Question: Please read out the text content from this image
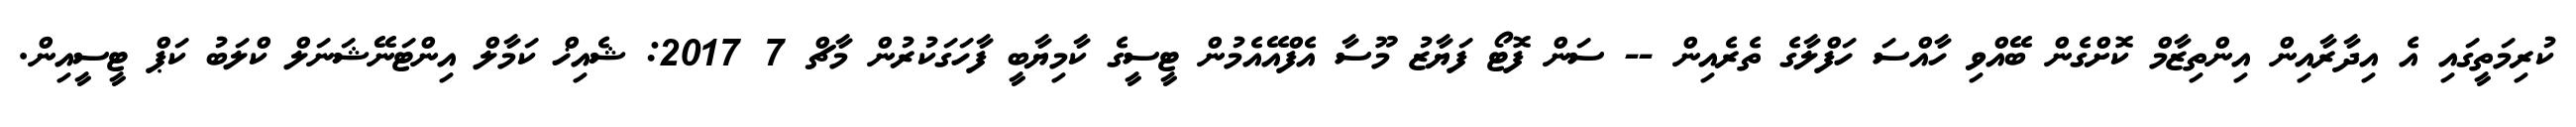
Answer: ކުރިމަތީގައި އެ އިދާރާއިން އިންތިޒާމް ކޮށްގެން ބޭއްވި ހާއްސަ ހަފްލާގެ ތެރެއިން -- ސަން ފޮޓޯ ފަޔާޒު މޫސާ އެފްއޭއެމުން ޓީސީގެ ކާމިޔާބީ ފާހަގަކުރުން މާޗް 7 2017: ޝެއިޚް ކަމާލް އިންޓަނޭޝަނަލް ކްލަބު ކަޕް ޓީސީއިން.